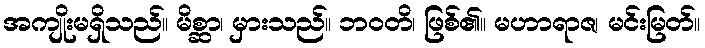
အကျိုးမရှိသည်။ မိစ္ဆာ၊ မှားသည်။ ဘဝတိ၊ ဖြစ်၏။ မဟာရာဇ၊ မင်းမြတ်။